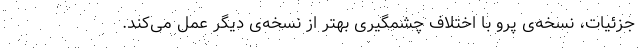
جزئیات، نسخه‌ی پرو با اختلاف چشمگیری بهتر از نسخه‌ی دیگر عمل می‌‌کند.